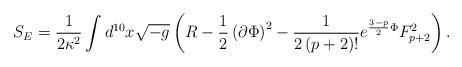
LaTeX: \begin{align*}S_E = \frac{1}{2\kappa^2}\int d^{10}x \sqrt{-g}\left( R -\frac{1}{2}\left( \partial\Phi\right)^2- \frac{1}{2\left( p+2\right)!} e^{\frac{3-p}{2}\Phi}F_{p+2}^2\right) .\end{align*}